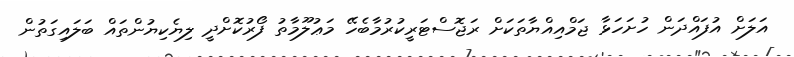
އަލަށް އުފައްދަން ހުށަހަޅާ ޖަމްއިއްޔާތަކަށް ރަޖޮސްޓަރީކުރުމާބެހޭ މަޢުލޫމާތު ފޯރުކޮށްދީ ލިޔެކިޔުންތައް ބަލައިގަތުން